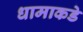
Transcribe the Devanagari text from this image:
धामाकडे